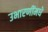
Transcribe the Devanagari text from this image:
उभारणींमधे